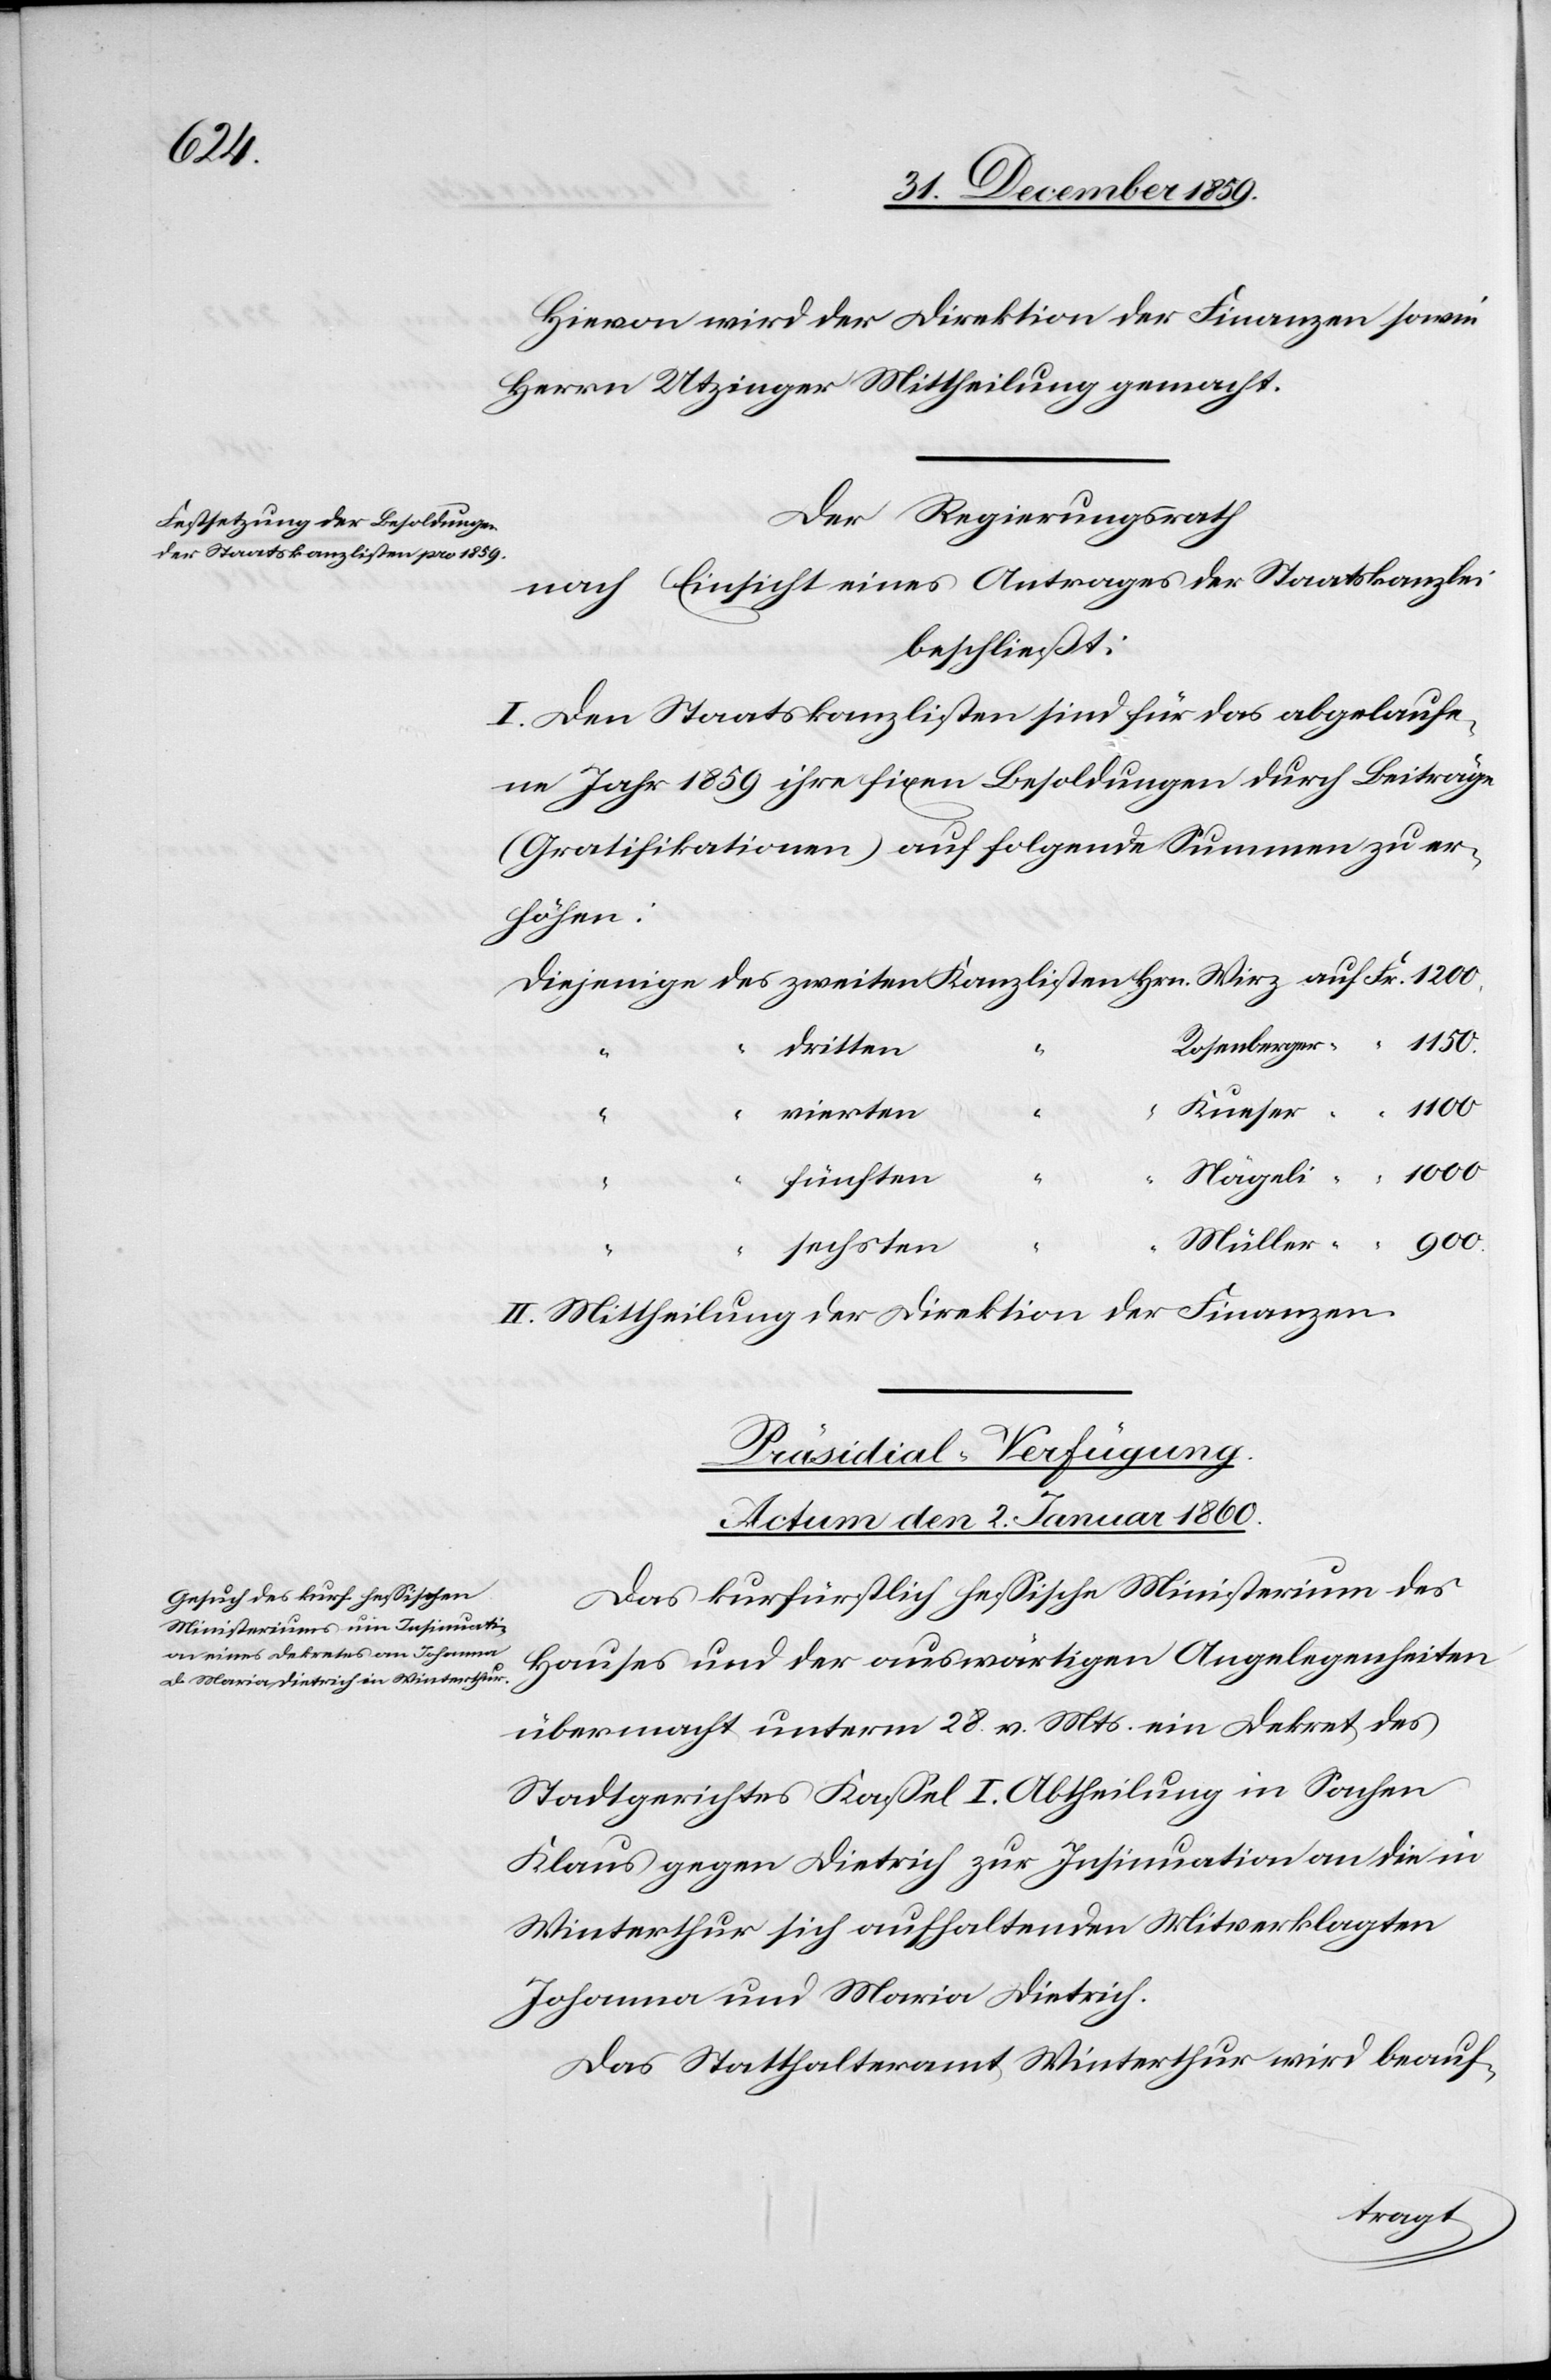
Hievon wird der Direktion der Finanzen sowie
Herrn Utzinger Mittheilung gemacht.
Der Regierungsrath
nach Einsicht eines Antrages der Staatskanzlei
beschließt:
I. Den Staatskanzlisten sind für das abgelaufe¬
ne Jahr 1859 ihre fixen Besoldungen durch Beiträge
(Gratifikationen) auf folgende Summen zu er¬
höhen:
dritten
vierten
“
fünften
“
sechsten
II. Mittheilung der Direktion der Finanzen.
Präsidial-Verfügung.
Actum den 2. Januar 1860.
Das kurfürstlich hessische Ministerium des
Hauses und der auswärtigen Angelegenheiten
übermacht unterm 28. v. Mts. ein Dekret des
Stadtgerichtes Kassel I. Abtheilung in Sachen
Klaus gegen Dietrich zur Insinuation an die in
Winterthur sich aufhaltenden Mitverklagten
Johanna und [sic!] Maria Dietrich.
Das Statthalteramt Winterthur wird beauf-